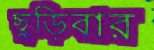
ছুড়িবার